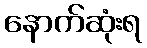
နောက်ဆုံးရ